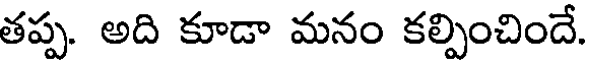
తప్ప. అది కూడా మనం కల్పించిందే.